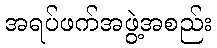
အရပ်ဖက်အဖွဲ့အစည်း